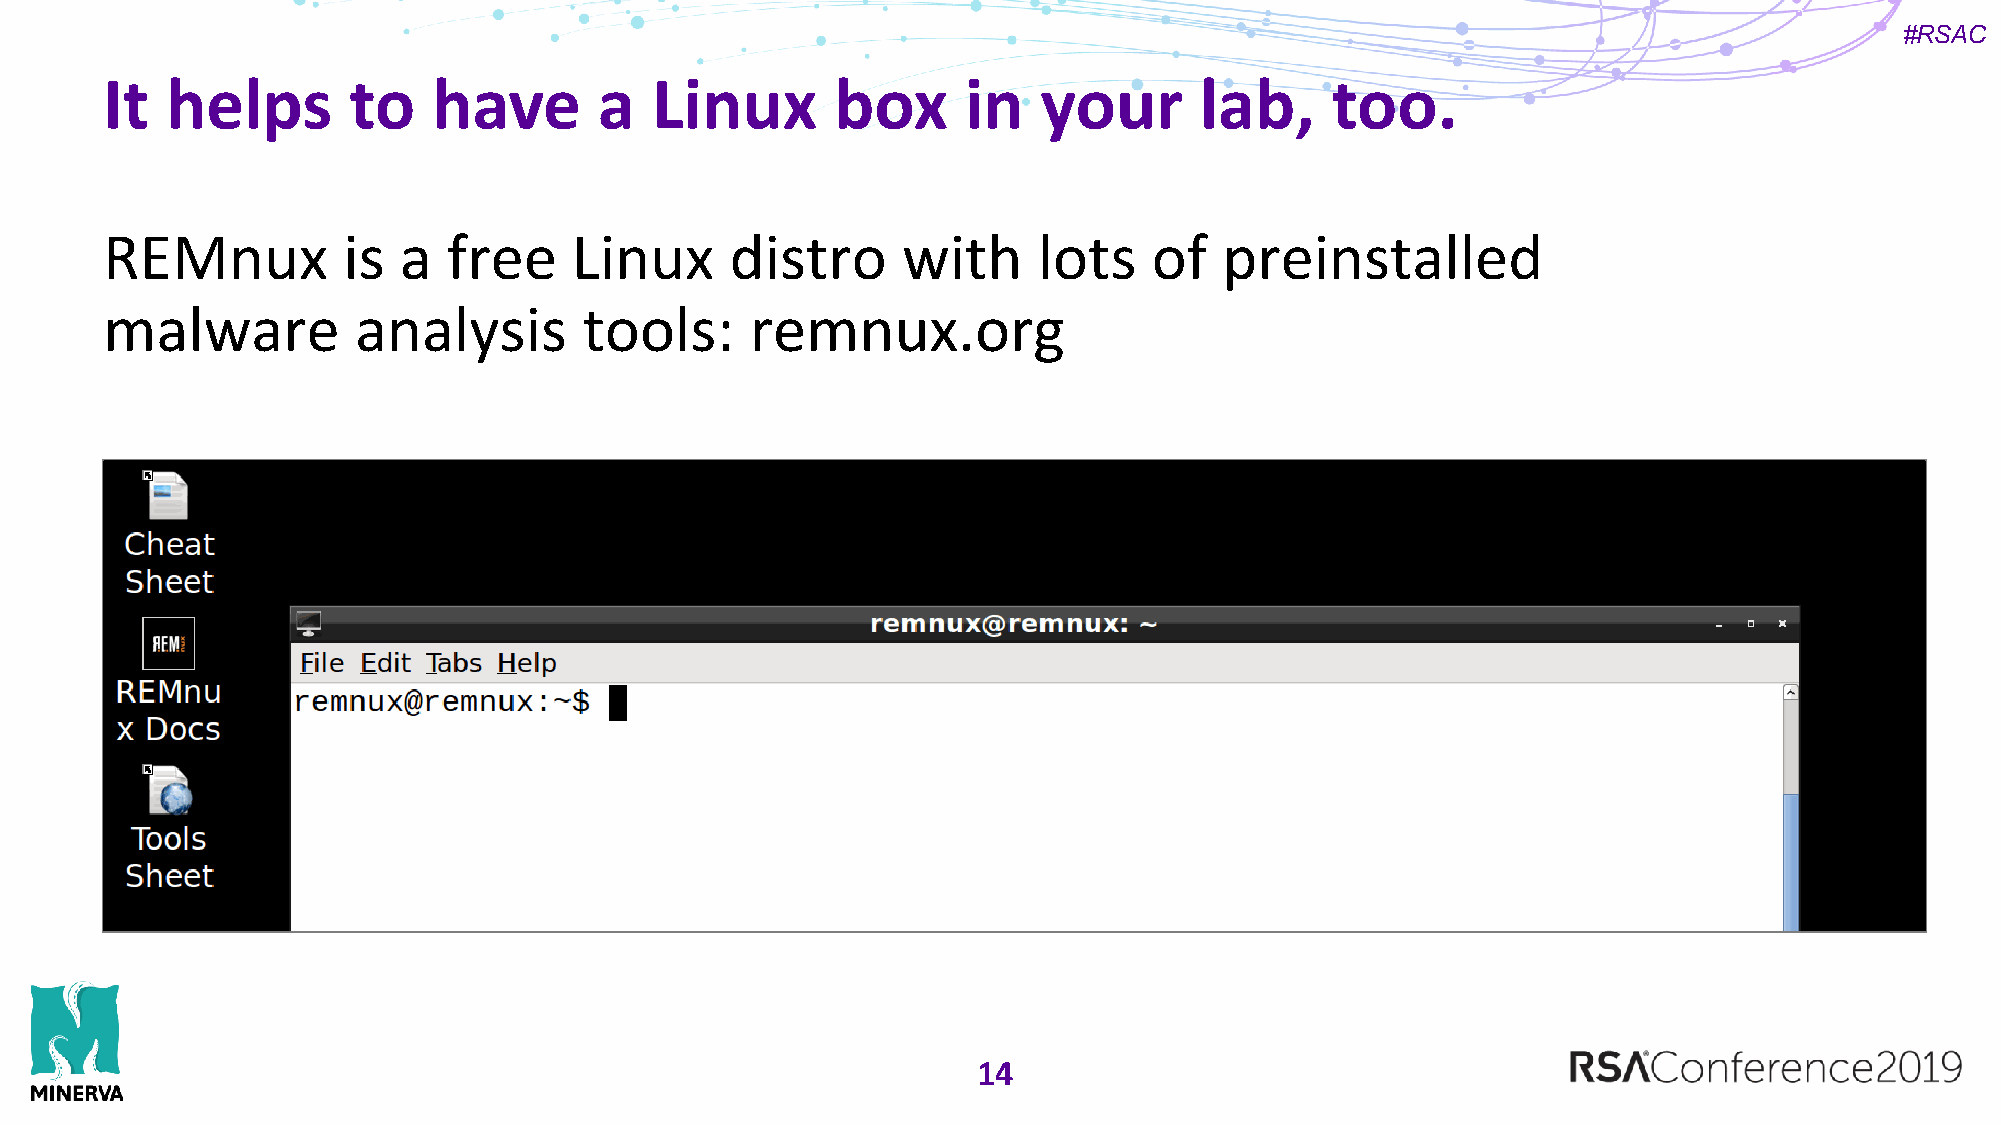
#RSAC
 It  helps       to    have       a  Linux       box      in   your      lab,     too.
 REMnux          is a   free    Linux     distro      with     lots   of   preinstalled
 malware          analysis       tools:     remnux.org
 14